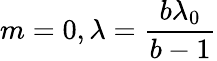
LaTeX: m=0,\lambda=\frac{b\lambda_{0}}{b-1}